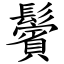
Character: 鬢